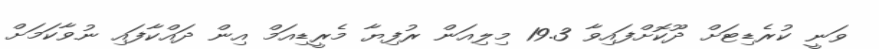
ވަނީ ކުރެޑިޓަށް ދޫކޮށްފައިވާ 19.3 މިލިއަން ރުފިޔާ މެރީޑިއަމް އިން ދައްކާފައި ނުވާކަމަށް